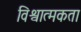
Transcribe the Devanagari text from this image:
विश्वात्मकता